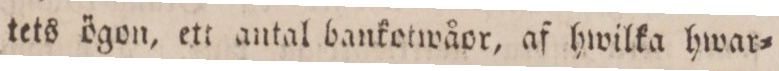
tets ögon, ett antal bankotwåor, af hwilka hwar=